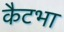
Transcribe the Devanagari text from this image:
कैटभा